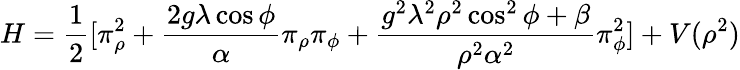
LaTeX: H=\frac{1}{2}[\pi_{\rho}^{2}+\frac{2g\lambda\cos\phi}{\alpha}\pi_{\rho}\pi_{\phi}+\frac{g^{2}\lambda^{2}\rho^{2}\cos^{2}\phi+\beta}{\rho^{2}\alpha^{2}}\pi_{\phi}^{2}]+V(\rho^{2})